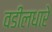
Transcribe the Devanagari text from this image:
वडीलधारे